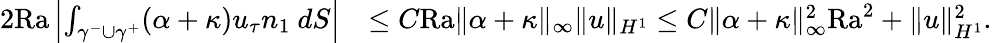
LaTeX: \begin{array}{rl}{2\mathrm{{Ra}}\left|\int_{\gamma^{-}\cup\gamma^{+}}(\alpha+\kappa)u_{\tau}n_{1}\ dS\right|}&{\leq C{\mathrm{Ra}}\| \alpha+\kappa\| _{\infty}\| u\| _{H^{1}}\leq C\| \alpha+\kappa\| _{\infty}^{2}\mathrm{{Ra}}^{2}+\| u\| _{H^{1}}^{2}.}\end{array}